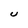
Character: U